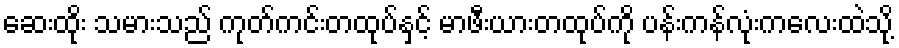
ဆေးထိုး သမားသည် ကုတ်ကင်းတထုပ်နှင့် မာဖီးယားတထုပ်ကို ပန်းကန်လုံးကလေးထဲသို့